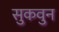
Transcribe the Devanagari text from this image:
सुकवुन